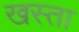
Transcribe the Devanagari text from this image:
खस्‍ता